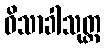
ဝိသာခါသုတ္တ